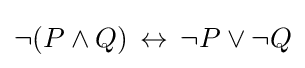
\neg (P\land Q)\,\leftrightarrow \,\neg P\lor \neg Q